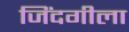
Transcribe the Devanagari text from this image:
जिंदगीला